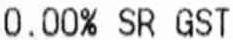
0.00% SR GST